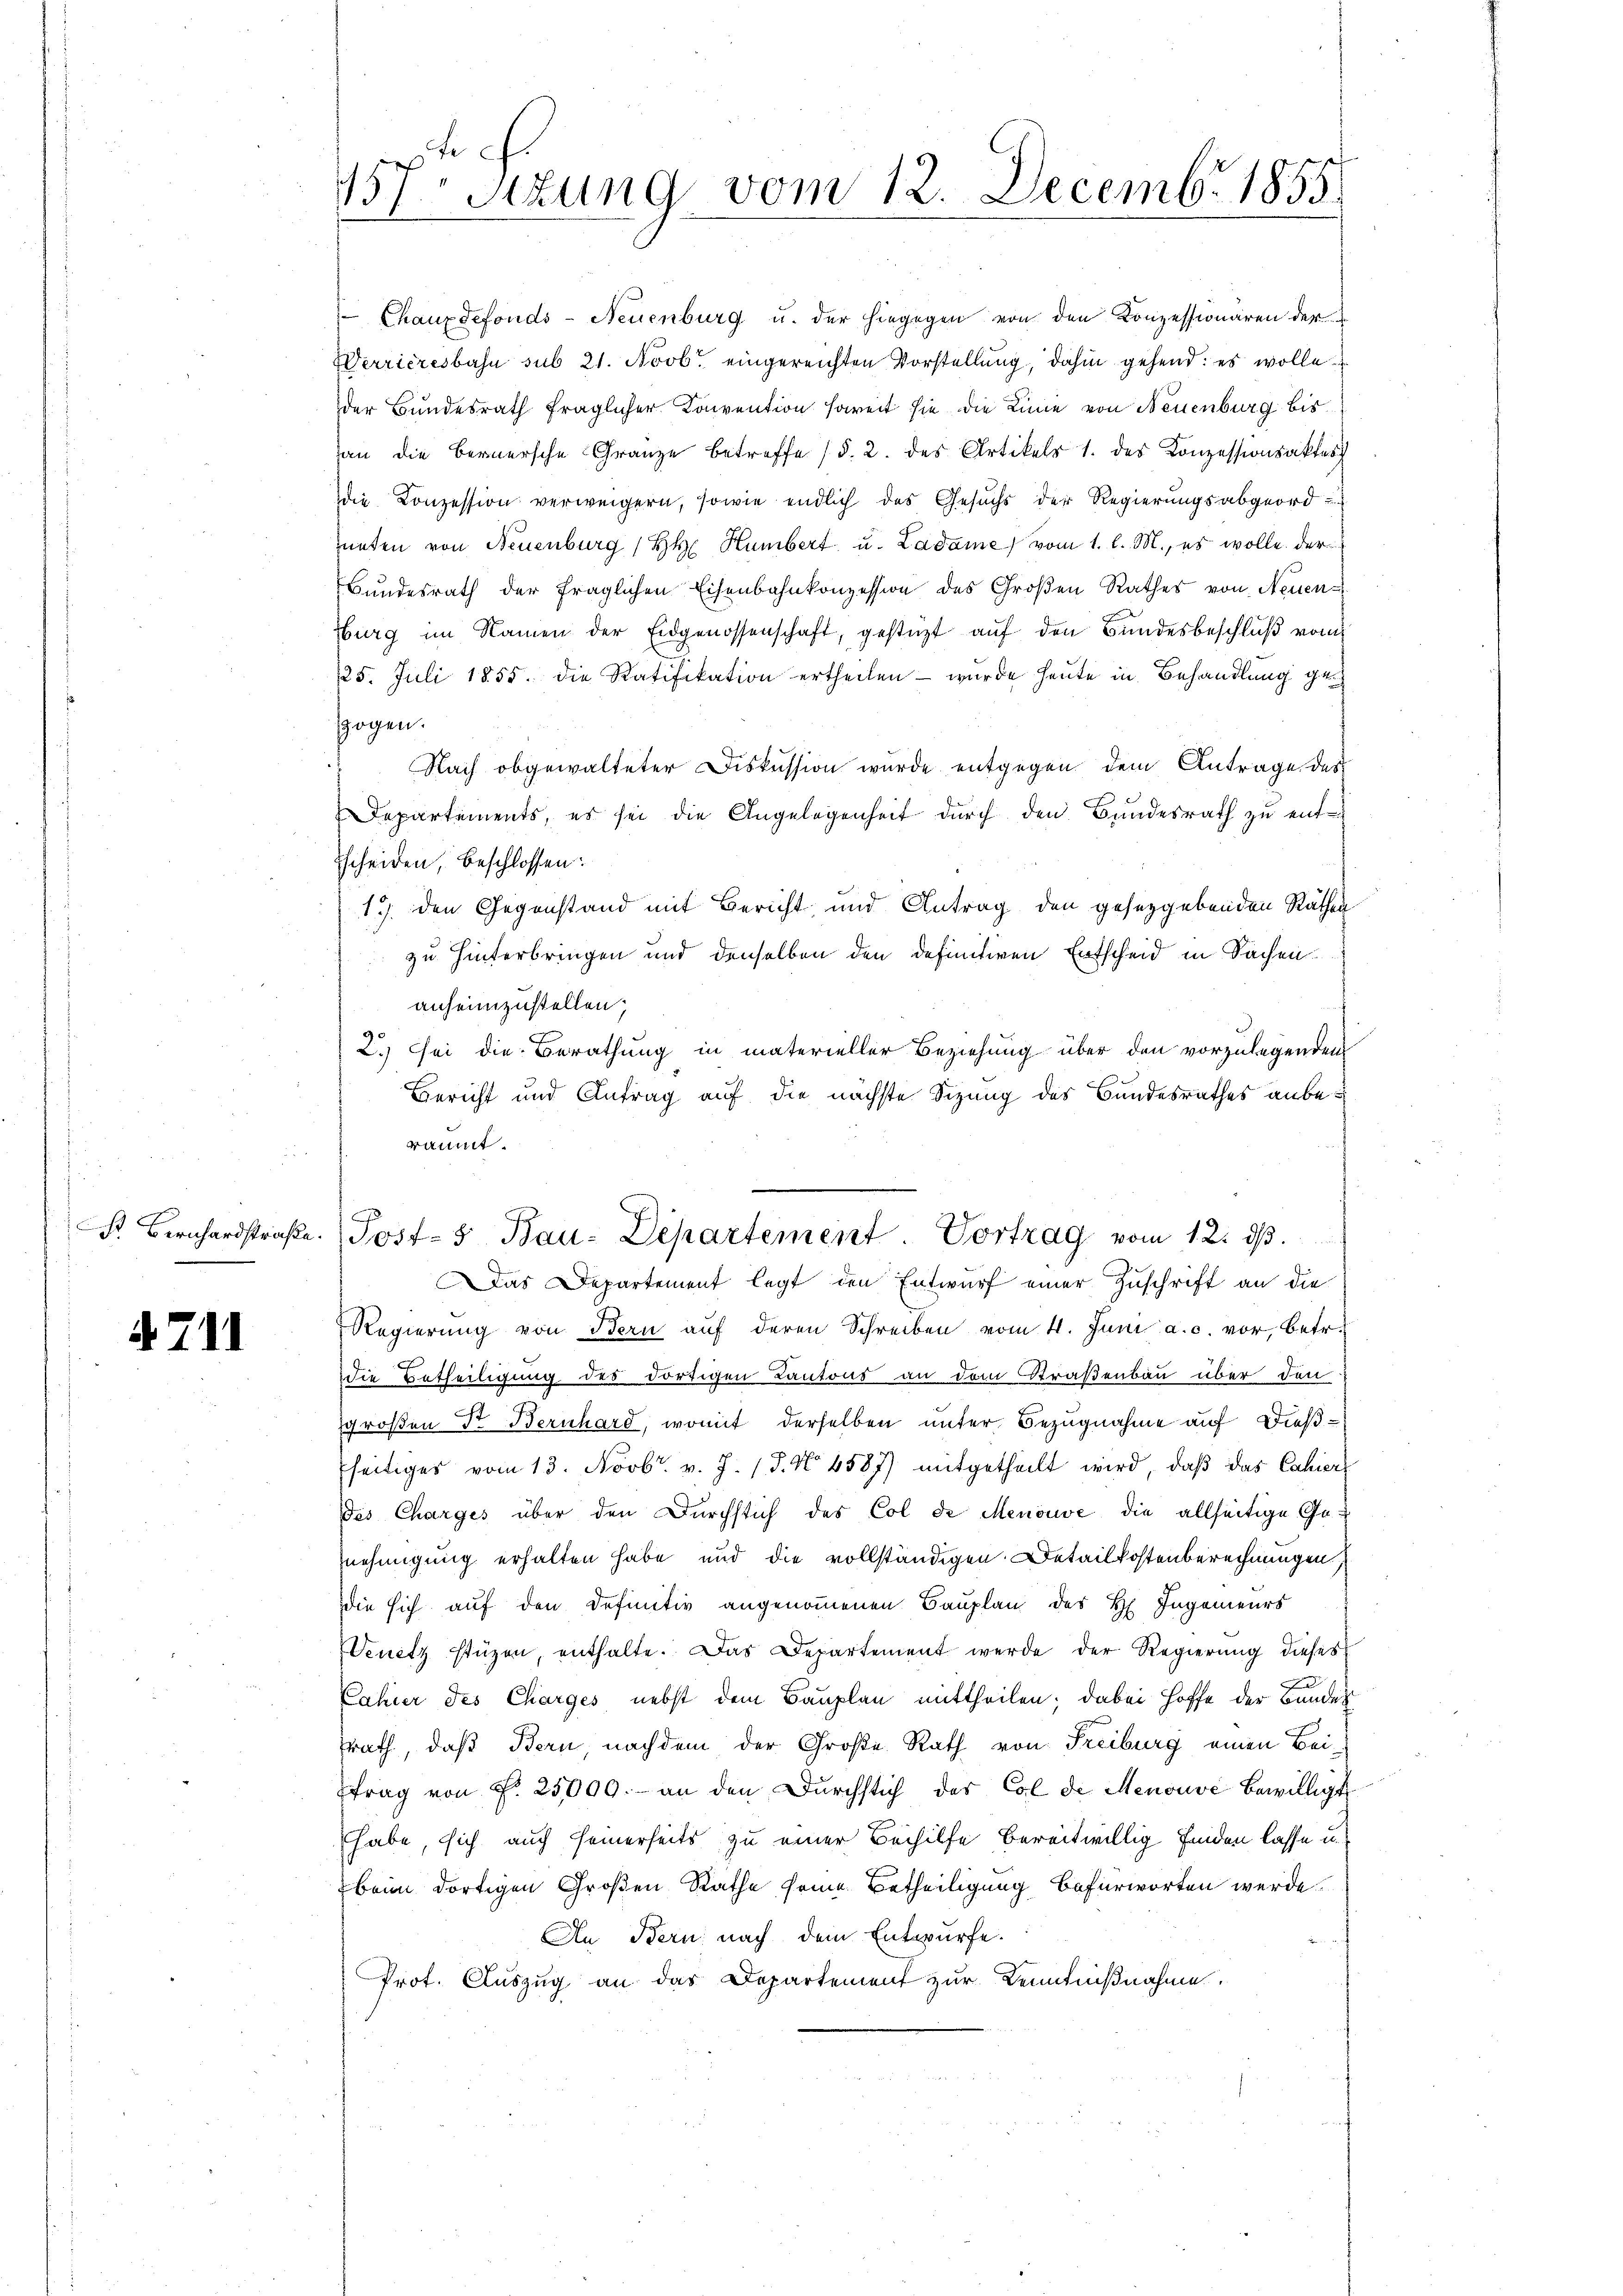
st Bernhardstraße
.

4711

157 Sitzung vom 12. Decemb. 1855

Chauxdefonds- Neuenburg u. der hingegen von den Konzessionären der
Werrieresbahn sub 21. Novb. eingereichten Vorstellung, dahin gehend: es wolle
der Bundesrath fraglicher Convention soweit sie die Linie von Neuenburg bis
an die Bernersche Granze betreffe (§. 2. des Artikels 1. des Konzessionsaktes
die Conzession verweigern, sowie endlich des Gesuchs der Regierungsabgeord
nnten von Neuenburg (H Humbert u. Ladame vom 1. l. M., es wolle der
Bundesrath der fraglichen Eisenbahnkonzession des Großen Rathes von Neuen-
Burg im Namen der Eidgenossenschaft, gestüzt auf den Bundesbeschluß vom
25. Juli 1855. die Ratifikation ertheilen - wurde heute in Behandlung gegogen.
Nach obgewalteter Diskussion wurde entgegen dem Antrage des
Departements, es sei die Angelegenheit durch den Bundesrath zu ent¬
Escheiden, beschlossen:
19. den Gegenstand mit Bericht, und Antrag den gesetzgebenden Räthen
zu hinterbringen und denselben den definitiven Entscheid in Sachen
anheimzustellen.
2.) Sei die Berathung in materieller Beziehung über den vorzulegenden
Bericht und Antrag auf die nächste Sizung des Bundesrathes anberäumt.
Post- & Bau-Departement. Vortrag vom 12. ds.
as Departement legt den Entwurf einer Zuschrift an die
Regierung von Bern auf deren Schreiben vom 4. Juni a. c. vor, betr.
die Betheiligung des dortigen Kantons an dem Straßenbau über den
großen St. Bernhard, womit derselben unter Bezugnahme auf dießfseitiges vom 13. Novbr. v. J. 18. No 4587) mitgetheilt wird, daß das Cahier
des Charges über den Durchstich des Col de Menouve die allseitige Genehmigung erhalten habe und die vollständigen Detailkostenberechnungen.
Die sich auf den Definitiv angenommenen Bauplan des H. Ingenieurs
Venetz stüzen, enthalte. Das Departement werde der Regierung dieses
F
Cahier des Charges nebst dem Bauplan mittheilen; dabei Hoffe der Bundes
rath, daß Bern nachdem der Große Rath von Freiburg einen Beitrag von Fr. 25000.- an den Durchstich der Col de Menouve bewilligt
habe, sich auch seinerseits zu einer Beihilfe bereitwillig finden lasse u.
beim dortigen Großen Rathe seine Betheiligung befürworten werde.
An Bern nach dem Entwurfe.
Prot. Auszug an das Departement zur Kenntnißnahme.